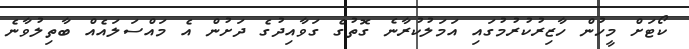
ކޯޓަށް މީހުން ހާޒިރުކުރުމުގައި އަމަލުކުރާނެ ގޮތުގެ ގަވާއިދުގެ ދަށުން އެ މައްސަލައެއް ބާތިލުވާނެ